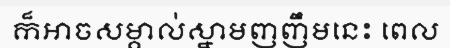
ក៏អាចសម្គាល់ស្នាមញញឹមនេះ ពេល